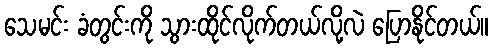
သေမင်း ခံတွင်းကို သွားထိုင်လိုက်တယ်လို့လဲ ပြောနိုင်တယ်။